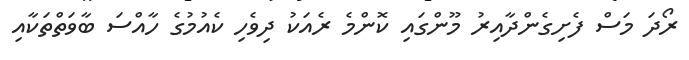
ރޯދަ މަސް ފެށިގެންދާއިރު މޫންގައި ކޮންމެ ރެއަކު ދިވެހި ކެއުމުގެ ހާއްސަ ބާވަތްތަކާއި